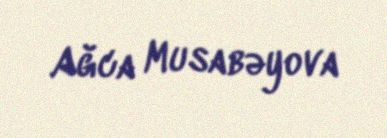
Ağca Musabəyova